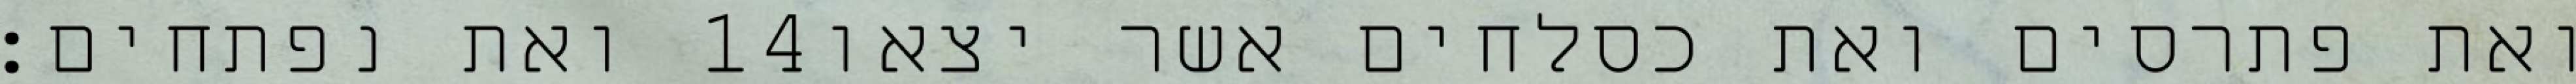
ואת נפתחים׃ ‎14‏ ואת פתרסים ואת כסלחים אשר יצאו